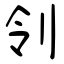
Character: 刢